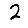
Digit: 2